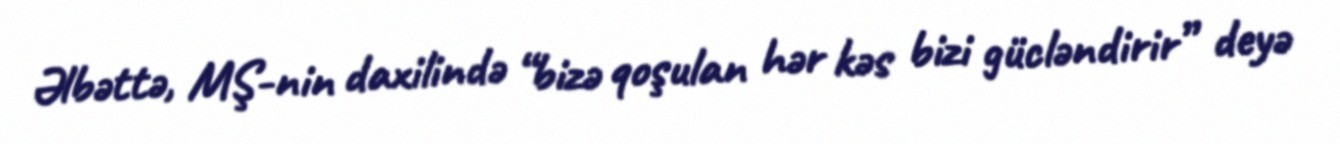
Əlbəttə, MŞ-nin daxilində “bizə qoşulan hər kəs bizi gücləndirir” deyə